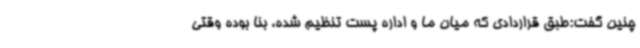
چنین گفت:طبق قراردادی که میان ما و اداره پست تنظیم شده، بنا بوده وقتی